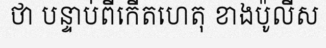
ថា បន្ទាប់ពីកើតហេតុ ខាងប៉ូលីស